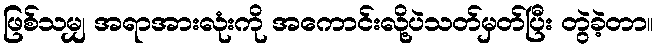
ဖြစ်သမျှ အရာအားလုံးကို အကောင်းလို့ပဲသတ်မှတ်ပြီး တွဲခဲ့တာ။